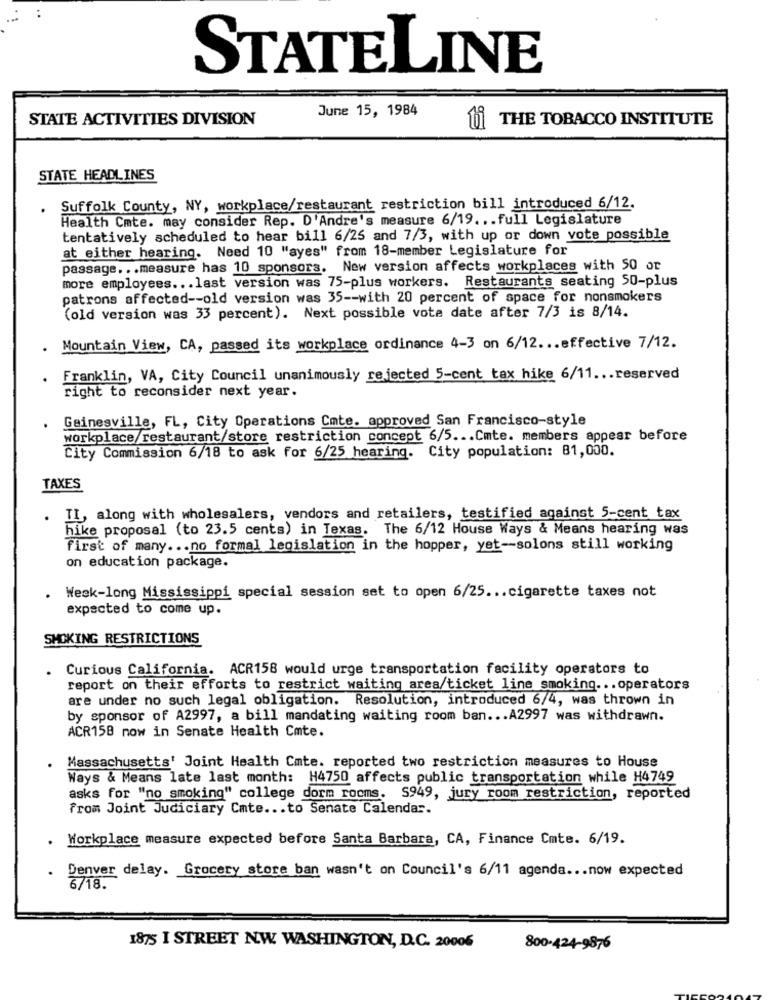
STATELINE
June 15, 1984
STATE ACTIVITIES DIVISION
THE TOBACCO INSTITUTE
STATE HEADLINES
Suffolk County, NY, workplace/restaurant restriction bill introduced 6/12.
Health Cmte. may consider Rep. D'Andre's measure 6/19 ... full Legislature
tentatively scheduled to hear bill 6/25 and 7/3, with up or down vote possible
at either hearing. Need 10 "ayes" from 18-member Legislature for
passage ... measure has 10 sponsors. New version affects workplaces with 50 or
more employees ... last version was 75-plus workers. Restaurants seating 50-plus
patrons affected -- old version was 35 -- with 20 percent of space for nonsmokers
(old version was 33 percent). Next possible vote date after 7/3 is 8/14.
Mountain View, CA, passed its workplace ordinance 4-3 on 6/12 ... effective 7/12.
Franklin, VA, City Council unanimously rejected 5-cent tax hike 6/11 ... reserved
right to reconsider next year.
Gainesville, FL, City Operations Cmte. approved San Francisco-style
workplace/restaurant/store restriction concept 6/5 ... Cmte. members appear before
City Commission 6/18 to ask for 6/25 hearing. City population: 81,000.
TAXES
TI, along with wholesalers, vendors and retailers, testified against 5-cent tax
hike proposal (to 23.5 cents) in Texas. The 6/12 House Ways & Means hearing was
first of many ... no formal legislation in the hopper, yet -- solons still working
on education package.
Week-long Mississippi special session set to open 6/25 ... cigarette taxes not
expected to come up.
SMOKING RESTRICTIONS
Curious California. ACR158 would urge transportation facility operators to
.
report on their efforts to restrict waiting area/ticket line smoking ... operators
are under no such legal obligation. Resolution, introduced 6/4, was thrown in
by sponsor of A2997, a bill mandating waiting room ban ... A2997 was withdrawn.
ACR158 now in Senate Health Cmte.
Massachusetts' Joint Health Cmte. reported two restriction measures to House
Ways & Means late last month: H4750 affects public transportation while H4749
asks for "no smoking" college dorm rooms. S949, jury room restriction, reported
From Joint Judiciary Cmte ... to Senate Calendar.
.
Workplace measure expected before Santa Barbara, CA, Finance Cmte. 6/19.
Denver delay. Grocery store ban wasn't on Council's 6/11 agenda ... now expected
6/18.
1875 I STREET NW. WASHINGTON, D.C. 20006
800-424-9876